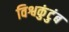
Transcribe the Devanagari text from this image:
विश्वकुंटुंब